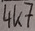
Text: 4K7